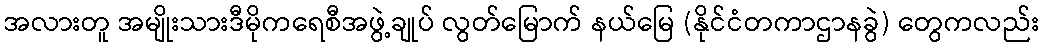
အလားတူ အမျိုးသားဒီမိုကရေစီအဖွဲ့ချုပ် လွတ်မြောက် နယ်မြေ (နိုင်ငံတကာဌာနခွဲ) တွေကလည်း